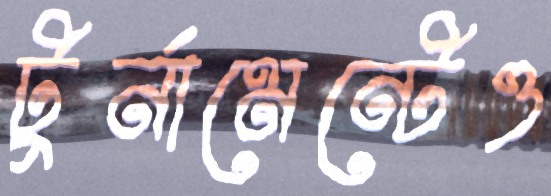
টুর্নামেন্টেও